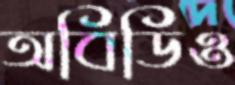
অবিডিও